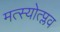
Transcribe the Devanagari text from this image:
मत्स्योत्प्लव